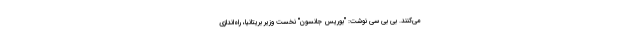
می‌کنند. بی بی سی نوشت: "بوریس جانسون" نخست وزیر بریتانیا، راه‌اندازی